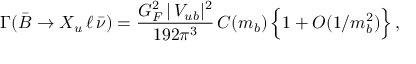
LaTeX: \Gamma ( \bar { B } \to X _ { u } \, \ell \, \bar { \nu } ) = { \frac { G _ { F } ^ { 2 } \, | \, V _ { u b } | ^ { 2 } } { 1 9 2 \pi ^ { 3 } } } \, C ( m _ { b } ) \, \Big \{ 1 + O ( 1 / m _ { b } ^ { 2 } ) \Big \} \, ,